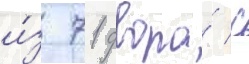
и́з 71 двора́ с